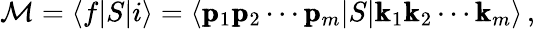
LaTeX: \mathcal{M}=\langle f|S|i\rangle=\langle\pmb{\mathrm{p}}_{1}\pmb{\mathrm{p}}_{2}\cdots\pmb{\mathrm{p}}_{m}|S|\pmb{\mathrm{k}}_{1}\pmb{\mathrm{k}}_{2}\cdots\pmb{\mathrm{k}}_{m}\rangle\, ,